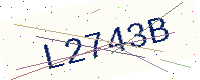
Text: L2743B